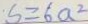
S = 6 a ^ { 2 }